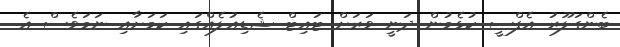
ބެންގަލޫރު އެފްސީ ކުޅެމުން ދަނީ ވަރަށް ޓައިޓް ޝެޑިއުލެއްގައި ކަމަށާއި ނަމަވެސް އެ